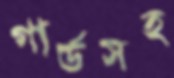
গার্ডসহ